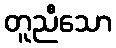
တူညီသော